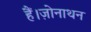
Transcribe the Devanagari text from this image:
हैं।ज़ोनाथन